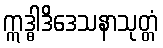
ဣဒ္ဓါဒိဒေသနာသုတ္တံ